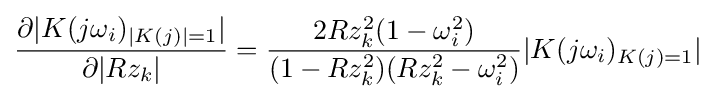
{\frac {\partial |K(j\omega _{i})_{|K(j)|=1}|}{\partial |Rz_{k}|}}={\frac {2Rz_{k}^{2}(1-\omega _{i}^{2})}{(1-Rz_{k}^{2})(Rz_{k}^{2}-\omega _{i}^{2})}}|K(j\omega _{i})_{K(j)=1}|